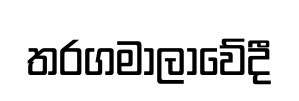
තරගමාලාවේදී